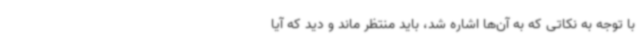
با توجه به نکاتی که به آن‌ها اشاره شد، باید منتظر ماند و دید که آیا